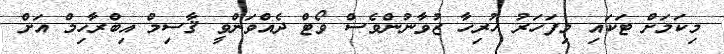
މިކަމަށް ޓަކައި މިފަހަރު ހުރިހާ ޒުވާނުންވެސް ވޯޓް ދެއްވަންވީ ޤާސިމް އިބްރާހިމް އަށް